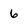
Character: 6